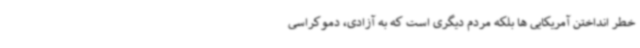
خطر انداختن آمریکایی ها بلکه مردم دیگری است که به آزادی، دموکراسی